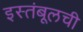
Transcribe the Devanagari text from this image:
इस्तंबूलची